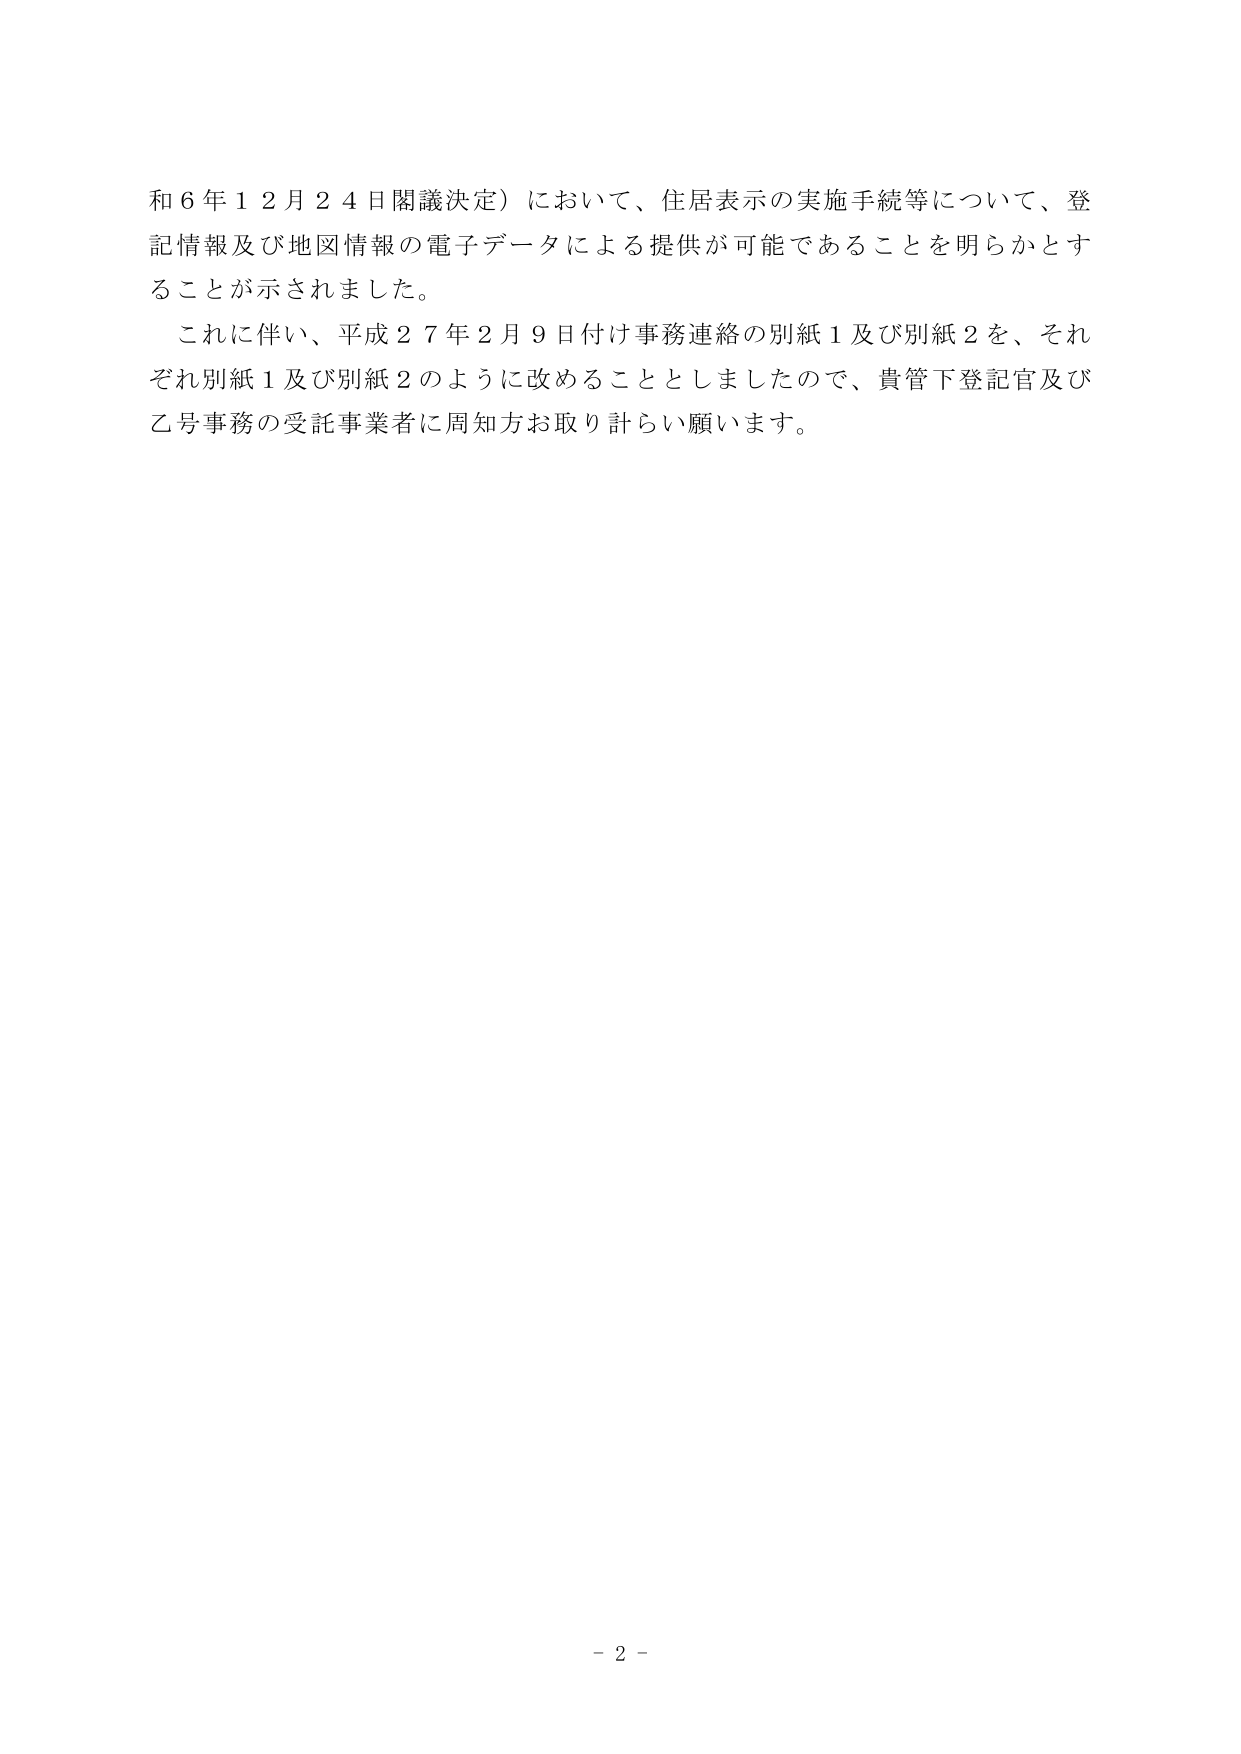
和６年１２月２４日閣議決定）において、住居表示の実施手続等について、登
記情報及び地図情報の電子データによる提供が可能であることを明らかとす
ることが示されました。
これに伴い、平成２７年２月９日付け事務連絡の別紙１及び別紙２を、それ
ぞれ別紙１及び別紙２のように改めることとしましたので、貴管下登記官及び
乙号事務の受託事業者に周知方お取り計らい願います。
- 2 -